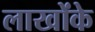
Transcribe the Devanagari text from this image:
लाखोंके